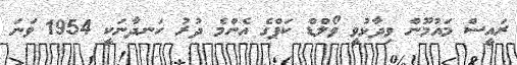
ރައީސް މައުމޫން ވިދާޅުވީ ވޯލްޑް ކަޕްގެ އެންމެ ދުރު ހަނދާނަކީ 1954 ވަނަ